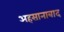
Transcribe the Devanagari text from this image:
अहसानाबाद